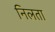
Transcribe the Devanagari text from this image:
निलता